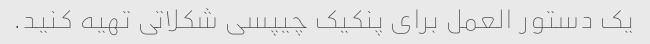
یک دستور العمل برای پنکیک چیپسی شکلاتی تهیه کنید.